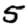
Digit: 5